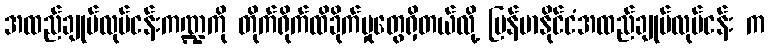
အထည်ချုပ်လုပ်ငန်းကဏ္ဍကို တိုက်ရိုက်ထိခိုက်မှုတွေရှိတယ်လို့ မြန်မာနိုင်ငံအထည်ချုပ်လုပ်ငန်း က